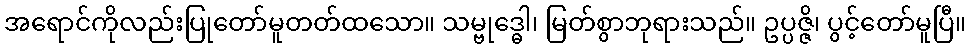
အရောင်ကိုလည်းပြုတော်မူတတ်ထသော။ သမ္ဗုဒ္ဓေါ၊ မြတ်စွာဘုရားသည်။ ဥပ္ပဇ္ဇိ၊ ပွင့်တော်မူပြီ။